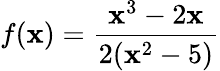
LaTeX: f(\mathbf{x})={\frac{{\mathbf{x}^{3}-2\mathbf{x}}}{{2(\mathbf{x}^{2}-5)}}}